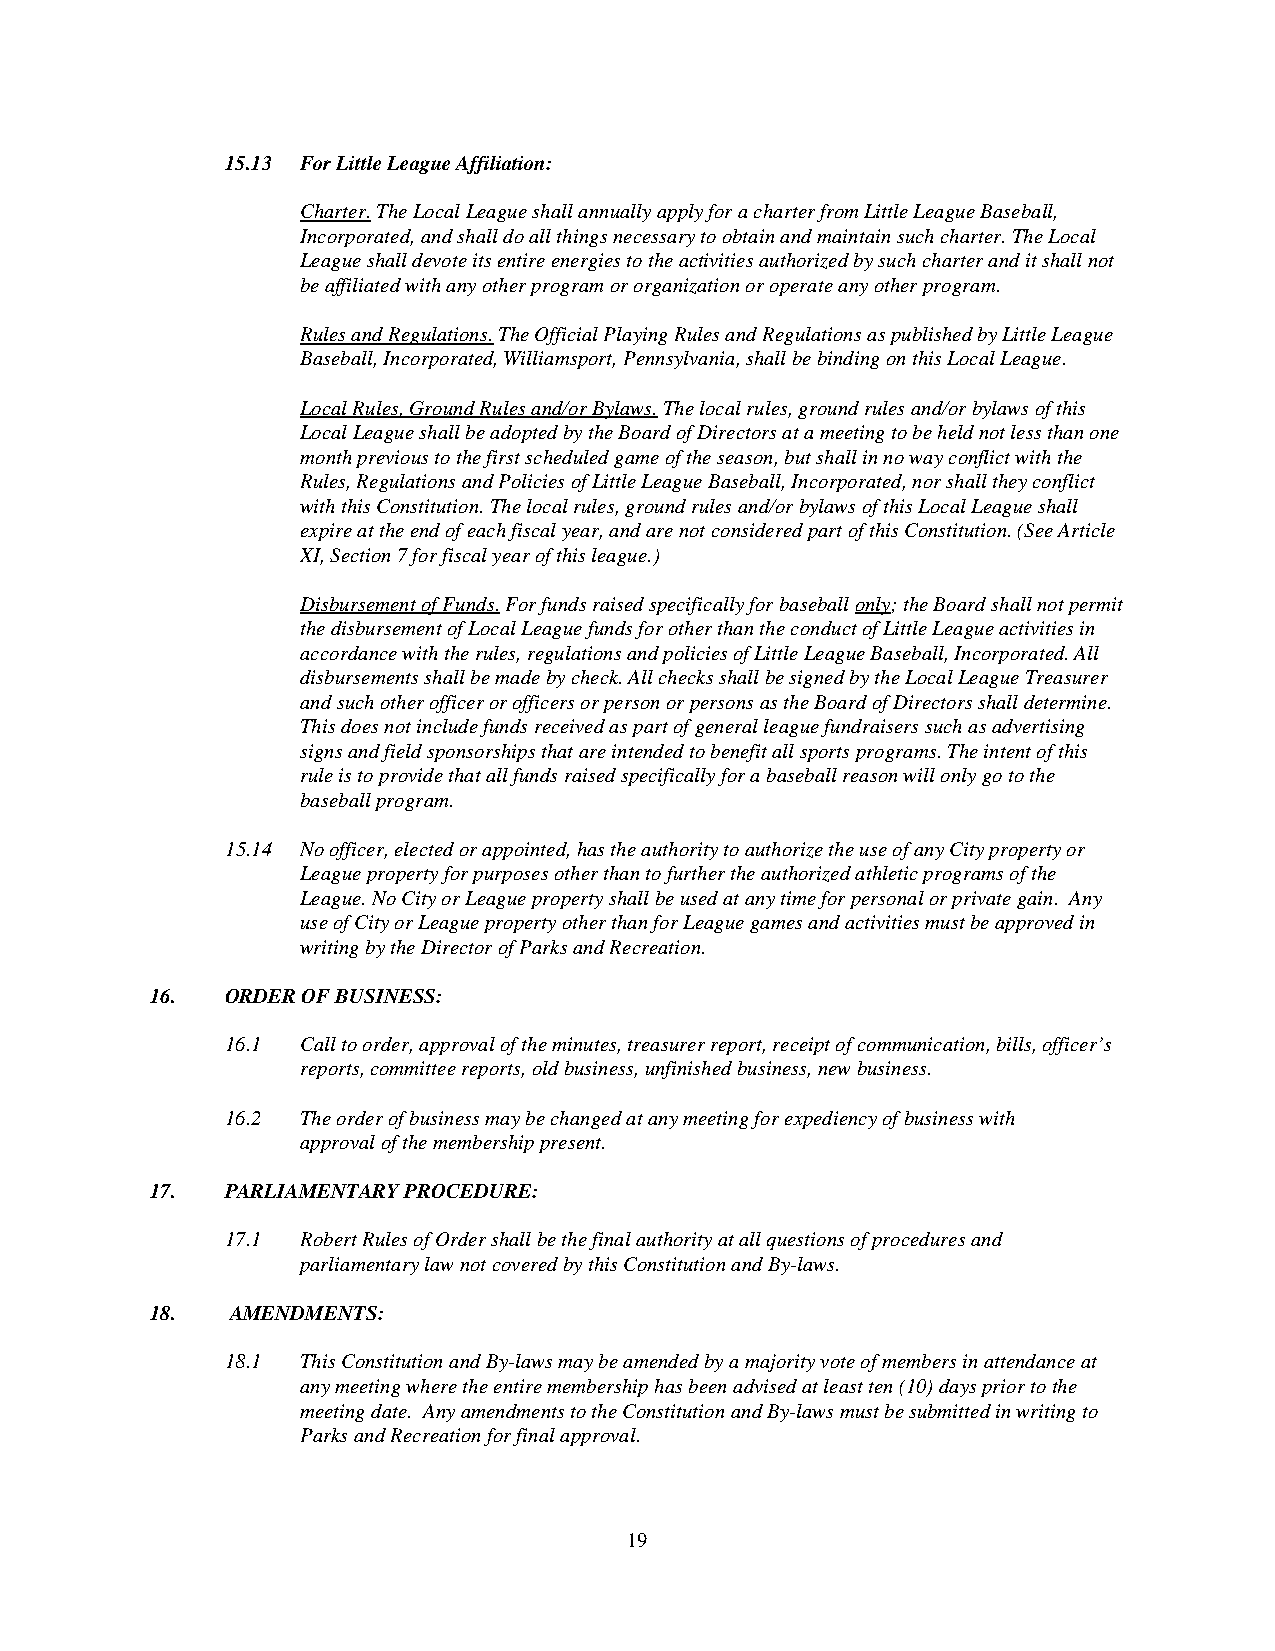
15.13 For Little League Affiliation:
 Charter. The Local League shall annually apply for a charter from Little League Baseball,
 Incorporated, and shall do all things necessary to obtain and maintain such charter. The Local
 League shall devote its entire energies to the activities authorized by such charter and it shall not
 be affiliated with any other program or organization or operate any other program.
 Rules and Regulations. The Official Playing Rules and Regulations as published by Little League
 Baseball, Incorporated, Williamsport, Pennsylvania, shall be binding on this Local League.
 Local Rules, Ground Rules and/or Bylaws. The local rules, ground rules and/or bylaws of this
 Local League shall be adopted by the Board of Directors at a meeting to be held not less than one
 month previous to the first scheduled game of the season, but shall in no way conflict with the
 Rules, Regulations and Policies of Little League Baseball, Incorporated, nor shall they conflict
 with this Constitution. The local rules, ground rules and/or bylaws of this Local League shall
 expire at the end of each fiscal year, and are not considered part of this Constitution. (See Article
 XI, Section 7 for fiscal year of this league.)
 Disbursement of Funds. For funds raised specifically for baseball only; the Board shall not permit
 the disbursement of Local League funds for other than the conduct of Little League activities in
 accordance with the rules, regulations and policies of Little League Baseball, Incorporated. All
 disbursements shall be made by check. All checks shall be signed by the Local League Treasurer
 and such other officer or officers or person or persons as the Board of Directors shall determine.
 This does not include funds received as part of general league fundraisers such as advertising
 signs and field sponsorships that are intended to benefit all sports programs. The intent of this
 rule is to provide that all funds raised specifically for a baseball reason will only go to the
 baseball program.
 15.14 No officer, elected or appointed, has the authority to authorize the use of any City property or
 League property for purposes other than to further the authorized athletic programs of the
 League. No City or League property shall be used at any time for personal or private gain. Any
 use of City or League property other than for League games and activities must be approved in
 writing by the Director of Parks and Recreation.
 16.  ORDER OF BUSINESS:
 16.1 Call to order, approval of the minutes, treasurer report, receipt of communication, bills, officer’s
 reports, committee reports, old business, unfinished business, new business.
 16.2 The order of business may be changed at any meeting for expediency of business with
 approval of the membership present.
 17.  PARLIAMENTARY PROCEDURE:
 17.1 Robert Rules of Order shall be the final authority at all questions of procedures and
 parliamentary law not covered by this Constitution and By-laws.
 18.  AMENDMENTS:
 18.1 This Constitution and By-laws may be amended by a majority vote of members in attendance at
 any meeting where the entire membership has been advised at least ten (10) days prior to the
 meeting date. Any amendments to the Constitution and By-laws must be submitted in writing to
 Parks and Recreation for final approval.
 19